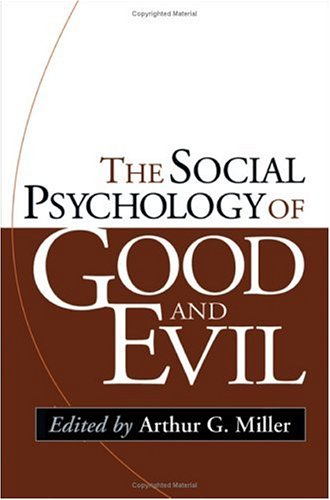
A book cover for The Social Psychology of Good and Evil; Politics & Social Sciences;